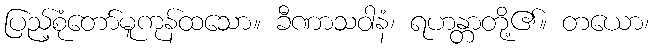
ပြည့်စုံတော်မူကုန်ထသော။ ခီဏာသဝါနံ၊ ရဟန္တာတို့၏။ တယော၊